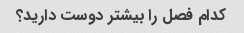
کدام فصل را بیشتر دوست دارید؟